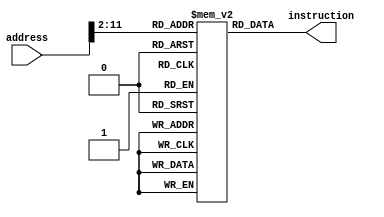
module InstructionMemory(
    input wire [31:0] address,
    output wire [31:0] instruction
);
    reg [31:0] memory [0:1023];

    // initial begin
    //     memory[0] = 32'h00011020;
    //     memory[1] = 32'h00000000;
    //     memory[2] = 32'h00000000;
    //     memory[3] = 32'h00000000;
    //     memory[4] = 32'h00000000;
    //     memory[5] = 32'h00000000;
    //     memory[6] = 32'h00000000;
    //     memory[7] = 32'h00000000;
    //     memory[8] = 32'h00000000;
    //     memory[9] = 32'h00000000;
    //     memory[10] = 32'h00000000;
    //     memory[11] = 32'h00000000;
    //     memory[12] = 32'h00000000;
    //     memory[13] = 32'h00000000;
    //     memory[14] = 32'h00000000;
    //     memory[15] = 32'h00000000;
    //     memory[16] = 32'h00000000;
    //     memory[17] = 32'h00000000;
    //     memory[18] = 32'h00000000;
    // end

    assign instruction = memory[address[11:2]];

endmodule

module DataMemory(
    input wire [31:0] address,
    input wire [31:0] writeData,
    input wire writeEnable,
    input wire readEnable,
    output wire [31:0] readData
);
    reg [31:0] memory [0:1023];
    reg [31:0] readReg;

    integer i;

    // initial begin
    //     for (i = 0; i < 1024; i = i + 1) begin
    //         memory[i] <= 32'h00000010;
    //     end
    // end

    assign readData = readReg;

    always @* begin
        if(readEnable) begin
            readReg = memory[address[11:2]];
        end

        if (writeEnable) begin
            memory[address[11:2]] <= writeData;
        end
    end
    
endmodule